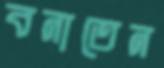
বনাতেন